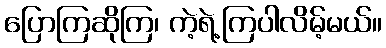
ပြောကြဆိုကြ၊ ကဲ့ရဲ့ကြပါလိမ့်မယ်။